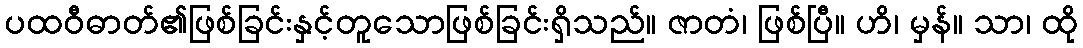
ပထဝီဓာတ်၏ဖြစ်ခြင်းနှင့်တူသောဖြစ်ခြင်းရှိသည်။ ဇာတံ၊ ဖြစ်ပြီ။ ဟိ၊ မှန်။ သာ၊ ထို